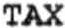
TAX